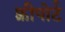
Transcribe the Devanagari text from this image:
फ़्रीपोर्ट